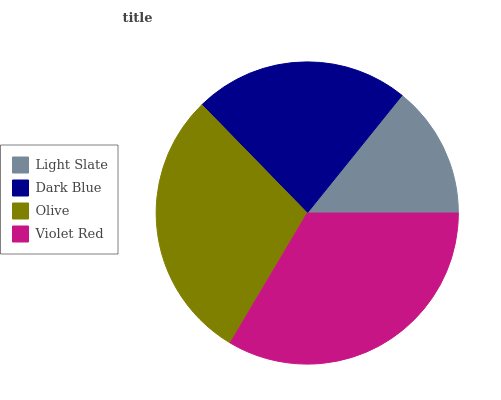
| Light Slate | Dark Blue | Olive | Violet Red |
 | --- | --- | --- | --- |
 | 14.2% | 23.1% | 29.1% | 33.6% |